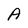
Character: A